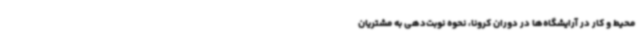
محیط و کار در آرایشگاه‌ها در دوران کرونا، نحوه نوبت‌دهی به مشتریان